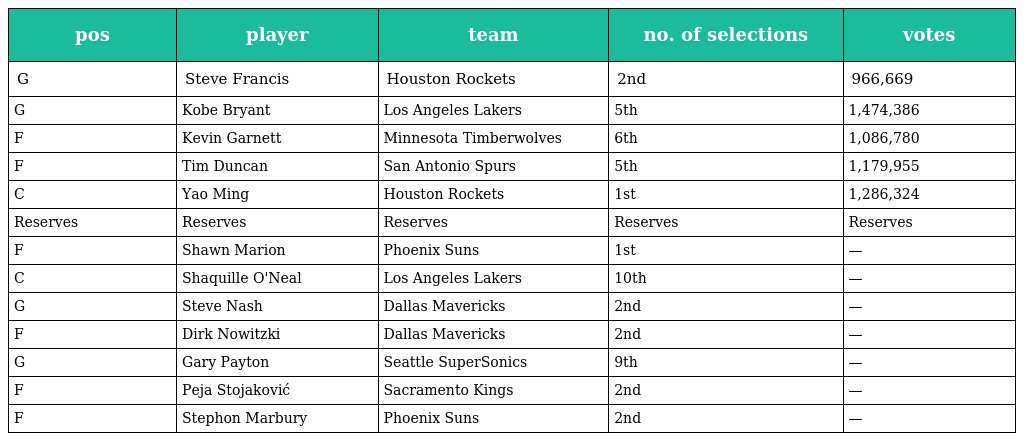
| pos | player | team | no. of selections | votes |
 | --- | --- | --- | --- | --- |
 | G | Steve Francis | Houston Rockets | 2nd | 966,669 |
 | G | Kobe Bryant | Los Angeles Lakers | 5th | 1,474,386 |
 | F | Kevin Garnett | Minnesota Timberwolves | 6th | 1,086,780 |
 | F | Tim Duncan | San Antonio Spurs | 5th | 1,179,955 |
 | C | Yao Ming | Houston Rockets | 1st | 1,286,324 |
 | Reserves | Reserves | Reserves | Reserves | Reserves |
 | F | Shawn Marion | Phoenix Suns | 1st | — |
 | C | Shaquille O'Neal | Los Angeles Lakers | 10th | — |
 | G | Steve Nash | Dallas Mavericks | 2nd | — |
 | F | Dirk Nowitzki | Dallas Mavericks | 2nd | — |
 | G | Gary Payton | Seattle SuperSonics | 9th | — |
 | F | Peja Stojaković | Sacramento Kings | 2nd | — |
 | F | Stephon Marbury | Phoenix Suns | 2nd | — |